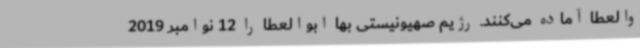
والعطا آماده می‌کنند. رژیم صهیونیستی بها ابوالعطا را 12 نوامبر 2019